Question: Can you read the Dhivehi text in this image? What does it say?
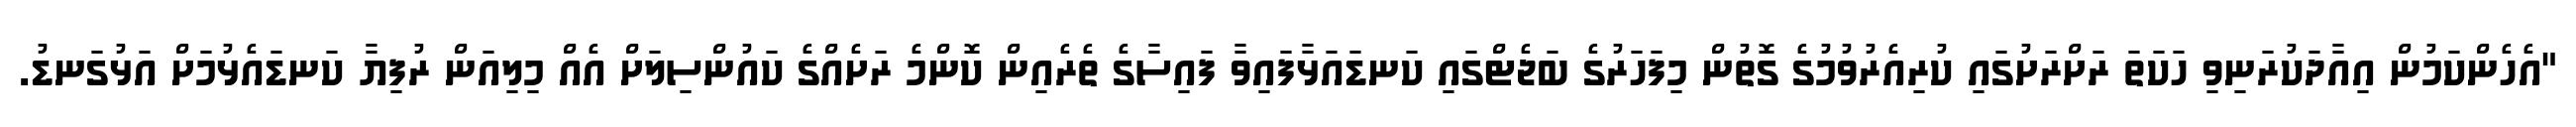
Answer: "އެހެންކަމުން އިއާދަކުރަނިވި ހަކަތަ ރަށްރަށުގައި ކުރިއެރުވުމުގެ ގޮތުން މިފަހަރުގެ ބަޖެޓްގައި ކަނޑައަޅާފައިވާ ފައިސާގެ ތެރެއިން ކޮންމެ ރަށެއްގެ ކައުންސިލަށް އެއް މިލިއަން ރުފިޔާ ކަނޑައެޅުމަށް އަޅުގަނޑު.